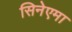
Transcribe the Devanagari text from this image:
सिनेएमा